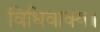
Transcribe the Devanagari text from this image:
विधिवाक्य।